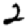
Digit: 2